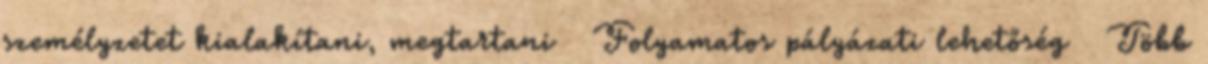
személyzetet kialakítani, megtartani  Folyamatos pályázati lehetőség  Több